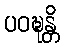
ပဝဍ္ဎန္တိ